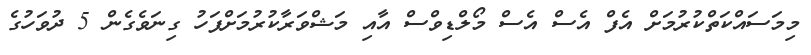
މިމަސައްކަތްކުރުމަށް އެފް އެސް އެސް މޯލްޑިވްސް އާއި މަޝްވަރާކުރުމަށްފަހު ގިނަވެގެން 5 ދުވަހުގެ